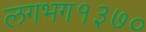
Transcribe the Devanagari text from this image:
लगभग१३७०